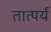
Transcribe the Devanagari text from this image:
तात्पर्यं